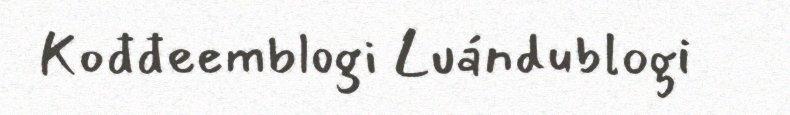
Kođđeemblogi Luándublogi